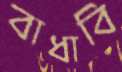
বাধাবি